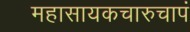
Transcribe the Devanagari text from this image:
महासायकचारुचापं